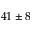
4 1 \pm 8